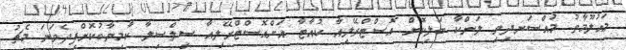
މައުލޫމާތު މުއްސަނދިވި ލަންކާ ބަލިކޮށް އޮސްޓްރޭލިއާ ކުއާޓާ އަށްއޮސްޓްރޭލިއާ ސިލްސިލާ ކާމިޔާބުކޮށްފިދެވަނަ މެޗު